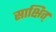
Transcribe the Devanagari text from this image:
साक्षित्‌